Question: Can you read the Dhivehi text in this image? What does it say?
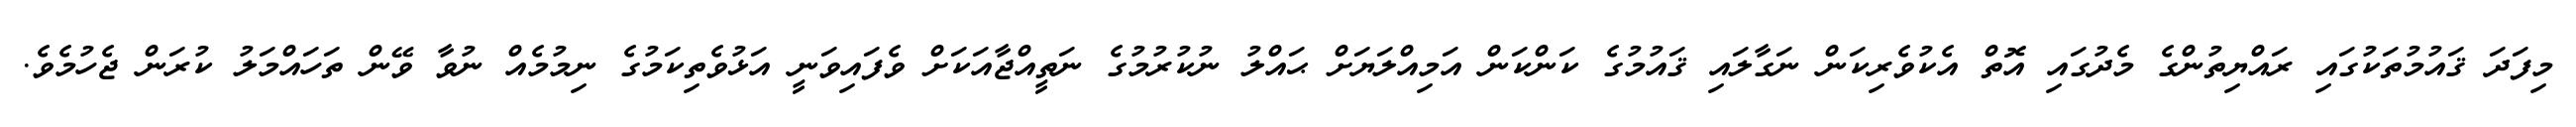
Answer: މިފަދަ ޤައުމުތަކުގައި ރައްޔިތުންގެ މެދުގައި އޮތް އެކުވެރިކަން ނަގާލައި ޤައުމުގެ ކަންކަން އަމިއްލަޔަށް ޙައްލު ނުކުރުމުގެ ނަތީއްޖާއަކަށް ވެފައިވަނީ އަޅުވެތިކަމުގެ ނިމުމެއް ނުވާ ވޭން ތަހައްމަލު ކުރަން ޖެހުމެވެ.